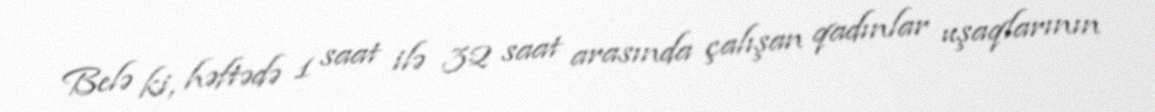
Belə ki, həftədə 1 saat ilə 32 saat arasında çalışan qadınlar uşaqlarının